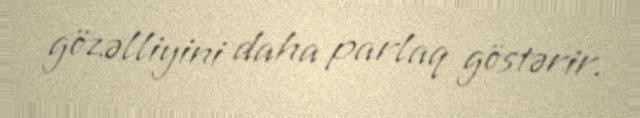
gözəlliyini daha parlaq göstərir.